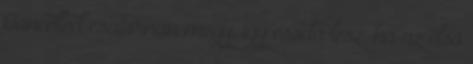
Cancelled csatornán megy, így csoda lesz, ha az első